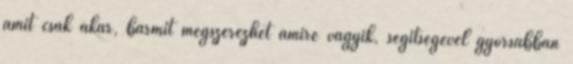
amit csak akar, bármit megszerezhet amire vágyik, segítségével gyorsabban